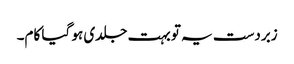
زبردست یہ تو بہت جلدی ہو گیا کام۔